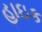
હાઇક